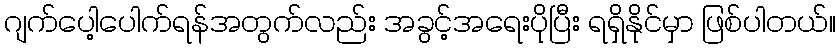
ဂျက်ပေါ့ပေါက်ရန်အတွက်လည်း အခွင့်အရေးပိုပြီး ရရှိနိုင်မှာ ဖြစ်ပါတယ်။